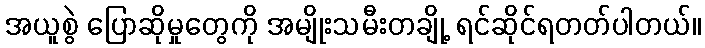
အယူစွဲ ပြောဆိုမှုတွေကို အမျိုးသမီးတချို့ ရင်ဆိုင်ရတတ်ပါတယ်။